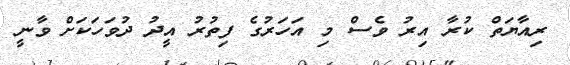
ރިއާޔަތް ކުރާ އިރު ވެސް މި އަހަރުގެ ފިތުރު އީދު ދުވަހަކަށް ވާނީ